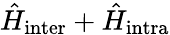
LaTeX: \hat{H}_{\mathrm{inter}}+\hat{H}_{\mathrm{intra}}